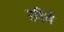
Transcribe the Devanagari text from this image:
सीचें